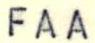
FAA